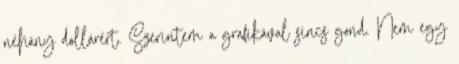
néhány dollárért. Szerintem a grafikával sincs gond. Nem egy